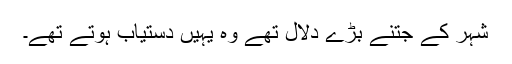
شہر کے جتنے بڑے دلال تھے وہ یہیں دستیاب ہوتے تھے۔